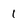
Character: 1